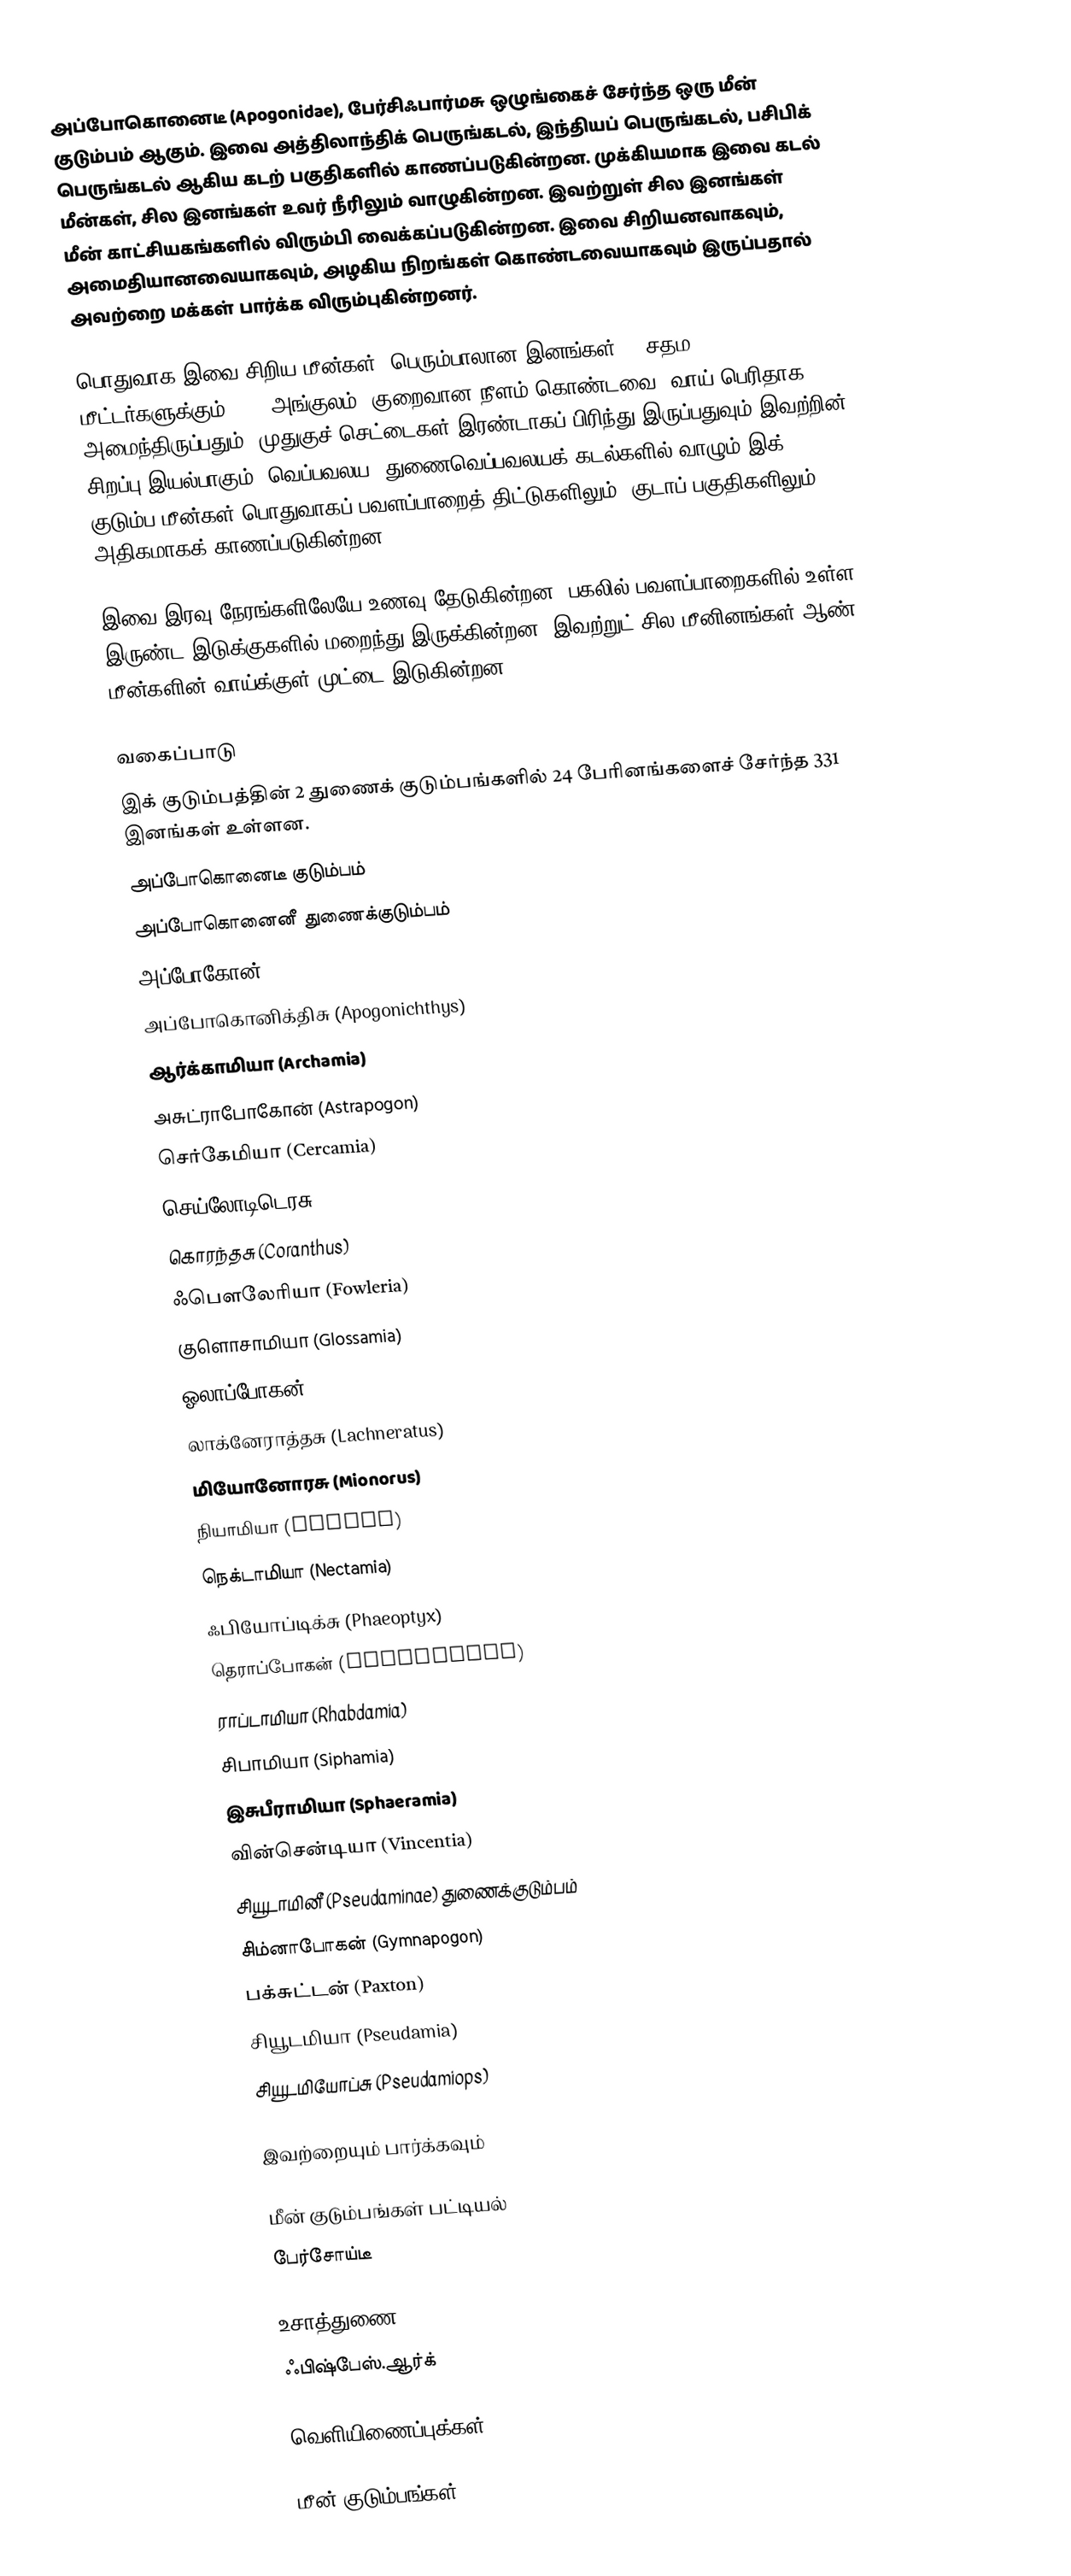
அப்போகொனைடீ (Apogonidae), பேர்சிஃபார்மசு ஒழுங்கைச் சேர்ந்த ஒரு மீன் குடும்பம் ஆகும். இவை அத்திலாந்திக் பெருங்கடல், இந்தியப் பெருங்கடல், பசிபிக் பெருங்கடல் ஆகிய கடற் பகுதிகளில் காணப்படுகின்றன. முக்கியமாக இவை கடல் மீன்கள், சில இனங்கள் உவர் நீரிலும் வாழுகின்றன. இவற்றுள் சில இனங்கள் மீன் காட்சியகங்களில் விரும்பி வைக்கப்படுகின்றன. இவை சிறியனவாகவும், அமைதியானவையாகவும், அழகிய நிறங்கள் கொண்டவையாகவும் இருப்பதால் அவற்றை மக்கள் பார்க்க விரும்புகின்றனர்.

பொதுவாக இவை சிறிய மீன்கள். பெரும்பாலான இனங்கள் 10 சதம மீட்டர்களுக்கும் (3.9 அங்குலம்) குறைவான நீளம் கொண்டவை. வாய் பெரிதாக அமைந்திருப்பதும், முதுகுச் செட்டைகள் இரண்டாகப் பிரிந்து இருப்பதுவும் இவற்றின் சிறப்பு இயல்பாகும். வெப்பவலய, துணைவெப்பவலயக் கடல்களில் வாழும் இக் குடும்ப மீன்கள் பொதுவாகப் பவளப்பாறைத் திட்டுகளிலும், குடாப் பகுதிகளிலும் அதிகமாகக் காணப்படுகின்றன.

இவை இரவு நேரங்களிலேயே உணவு தேடுகின்றன. பகலில் பவளப்பாறைகளில் உள்ள இருண்ட இடுக்குகளில் மறைந்து இருக்கின்றன. இவற்றுட் சில மீனினங்கள் ஆண் மீன்களின் வாய்க்குள் முட்டை இடுகின்றன.

வகைப்பாடு
இக் குடும்பத்தின் 2 துணைக் குடும்பங்களில் 24 பேரினங்களைச் சேர்ந்த 331 இனங்கள் உள்ளன.
அப்போகொனைடீ குடும்பம்
 அப்போகொனைனீ துணைக்குடும்பம்
 அப்போகோன் (Apogon)
 அப்போகொனிக்திசு (Apogonichthys)
 ஆர்க்காமியா (Archamia)
 அசுட்ராபோகோன் (Astrapogon)
 செர்கேமியா (Cercamia)
 செய்லோடிடெரசு (Cheilodipterus)
 கொரந்தசு (Coranthus)
 ஃபௌலேரியா (Fowleria)
 குளொசாமியா (Glossamia)
 ஓலாப்போகன் (Holapogon)
 லாக்னேராத்தசு (Lachneratus)
 மியோனோரசு (Mionorus)
 நியாமியா (Neamia)
 நெக்டாமியா (Nectamia)
 ஃபியோப்டிக்சு (Phaeoptyx)
 தெராப்போகன் (Pterapogon)
 ராப்டாமியா (Rhabdamia)
 சிபாமியா (Siphamia)
 இசுபீராமியா (Sphaeramia)
 வின்சென்டியா (Vincentia)
 சியூடாமினீ (Pseudaminae) துணைக்குடும்பம்
 சிம்னாபோகன் (Gymnapogon)
 பக்சுட்டன் (Paxton)
 சியூடமியா (Pseudamia)
 சியூடமியோப்சு (Pseudamiops)

இவற்றையும் பார்க்கவும்

 மீன் குடும்பங்கள் பட்டியல்
 பேர்சோய்டீ

உசாத்துணை
 ஃபிஷ்பேஸ்.ஆர்க்

வெளியிணைப்புக்கள்

மீன் குடும்பங்கள்